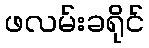
ဖလမ်းခရိုင်